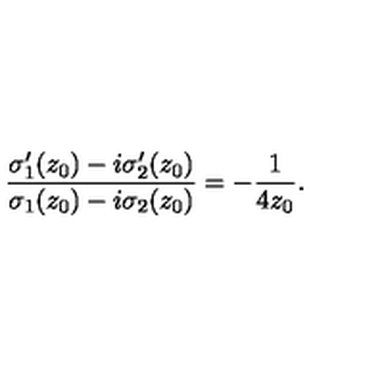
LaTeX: \frac { { \sigma } _ { 1 } ^ { \prime } ( z _ { 0 } ) - i { \sigma } _ { 2 } ^ { \prime } ( z _ { 0 } ) } { { \sigma } _ { 1 } ( z _ { 0 } ) - i { \sigma } _ { 2 } ( z _ { 0 } ) } = - \frac { 1 } { 4 z _ { 0 } } .